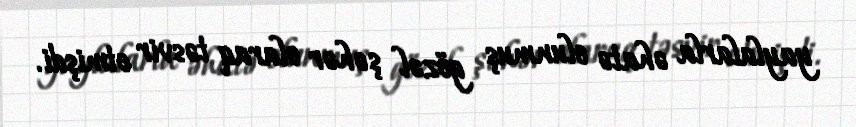
yaylalarla əhatə olunmuş gözəl şəhər olaraq təsvir etmişdi.